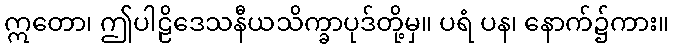
ဣတော၊ ဤပါဠိဒေသနီယသိက္ခာပုဒ်တို့မှ။ ပရံ ပန၊ နောက်၌ကား။